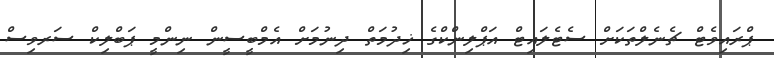
ޕްރައިވެޓް ޗެނެލްތަކަށް ސެޓެލައިޓް އަޕްލިންކްގެ ޚިދުމަތް ދިނުމަށް އެމްބީސީން ނިންމީ ޕަބްލިކް ސަރވިސް